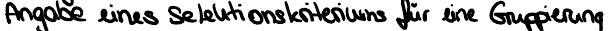
Angabe eines Selektionskriteriums für eine Gruppierung